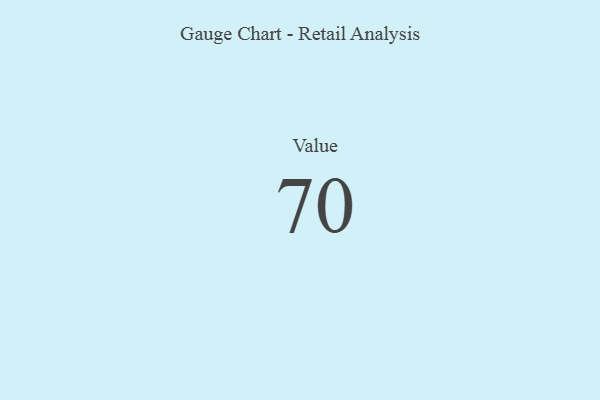
{"axis": {"x": "Metric", "y": "Value"}, "legend": [""], "data": [{"x": "Value", "y": 70, "type": ""}]}